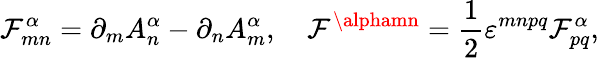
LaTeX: \mathcal{F}_{mn}^{\alpha}=\partial_{m}A_{n}^{\alpha}-\partial_{n}A_{m}^{\alpha},\quad{\cal\mathcal{F}}^{\alphamn}=\frac{{1}}{{2}}\varepsilon^{mnpq}\mathcal{F}_{pq}^{\alpha},